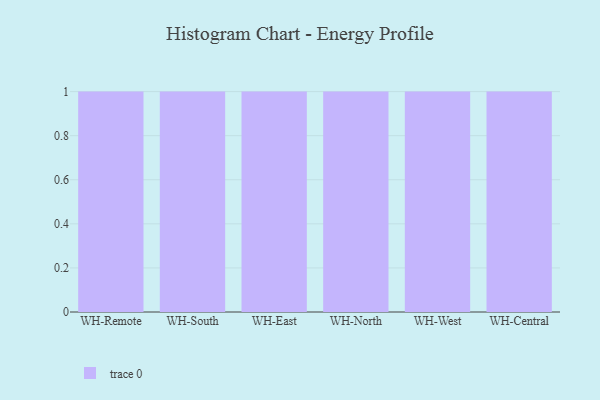
{"axis": {"x": "Warehouse", "y": "Net Income (USD K)"}, "legend": [""], "data": [{"x": "WH-Remote", "y": 31, "type": ""}, {"x": "WH-South", "y": 38, "type": ""}, {"x": "WH-East", "y": 42, "type": ""}, {"x": "WH-North", "y": 32, "type": ""}, {"x": "WH-West", "y": 71, "type": ""}, {"x": "WH-Central", "y": 41, "type": ""}]}